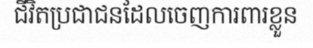
ជីវិតប្រជាជនដែលចេញការពារខ្លួន